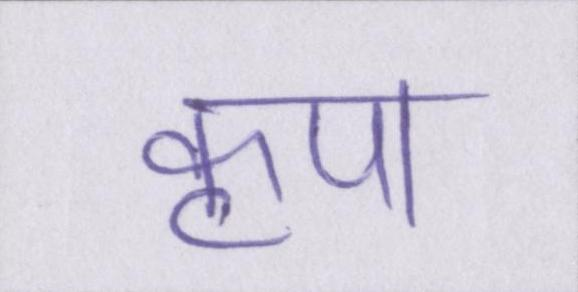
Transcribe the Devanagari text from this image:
कृपा